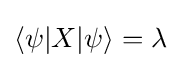
{\langle \psi |}X{|\psi \rangle }=\lambda